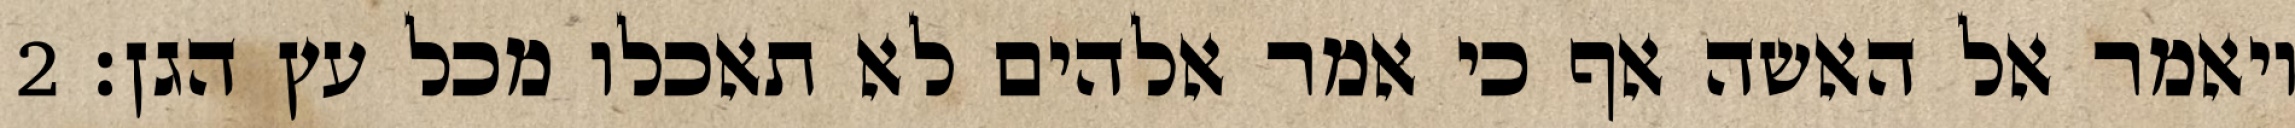
ויאמר אל האשה אף כי אמר אלהים לא תאכלו מכל עץ הגן׃ ‎2‏